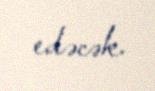
edəcək.